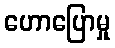
ဟောပြောမှု